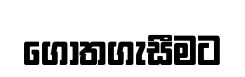
ගොතගැසීමට